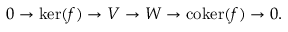
0 \to \ker ( f ) \to V \to W \to \operatorname { c o k e r } ( f ) \to 0 .